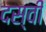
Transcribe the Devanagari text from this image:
दस्वीं